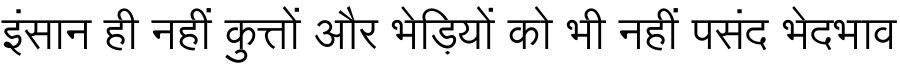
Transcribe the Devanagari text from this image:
इंसान ही नहीं कुत्तों और भेड़ियों को भी नहीं पसंद भेदभाव